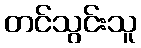
တင်သွင်းသူ